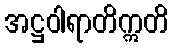
အဋ္ဌဝါရာတိဣတိ